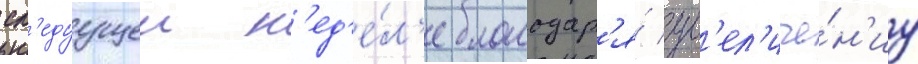
сл'едуущеи н'ед'е́л'е благодар'я́ ув'ел'иче́н'иу